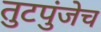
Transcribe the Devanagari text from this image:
तुटपुंजेच